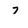
Character: 7